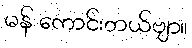
မန် ကောင်းတယ်ဗျာ။